Annual report on the Civil Veterinary Department, Burma (including the Insein Veterinary School) - 1932-1941
Year: 1932
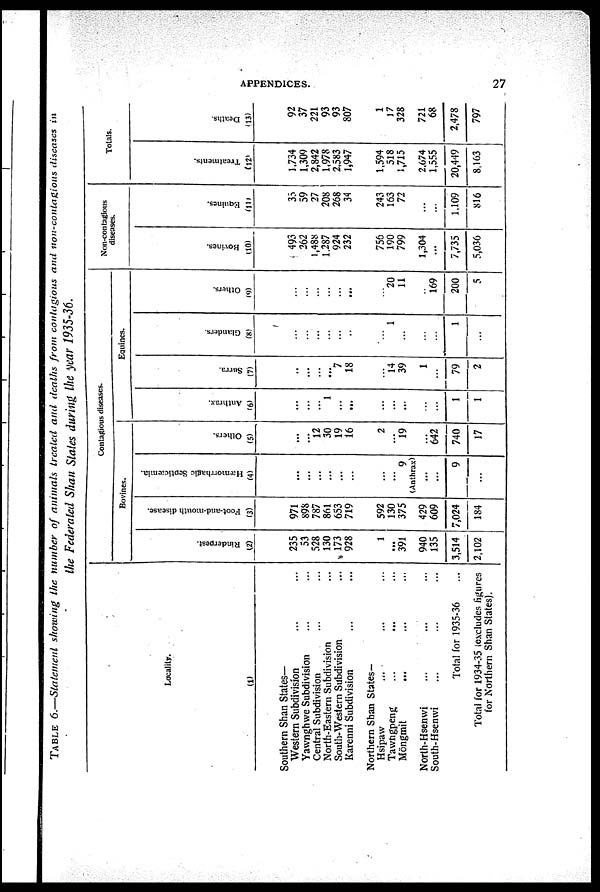
APPENDICES.
27
TABLE 6.—Statement
showing the number of animals treated and deaths from contagious and non-contagious
diseases in
the Federated Shan States during the year
1935-36.
Locality.
(1)
Southern Shan States-
Western Subdivision ... ...
Yawnghwe Subdivision ... ...
Central Subdivision ... ...
North-Eastern Subdivision ...
South-Western Subdivision ...
Karenni Subdivision ... ...
Northern Shan States-
Hsipaw ... ... ...
Tawngpeng
...
... ...
Möngmit
... ... ...
North-Hsenwi ... ... ...
South-Hsenwi ... ... ...
Total for 1935-36 ...
Total for 1934-35 (excludes figures
for Northern Shan States).
Contagious diseases.
Bovines.
Rinderpest.
(2)
235
53
528
130
173
928
1
...
391
940
135
3,514
2,102
Foot-and-mouth disease.
(3)
971
898
787
861
653
719
592
130
375
429
609
7,024
184
Hæorrhagic Septicæmia.
(4)
...
...
...
...
...
...
...
...
9
(Anthrax)
...
9
...
Others.
(5)
...
...
12
30
19
16
2
...
19
642
740
17
Equines.
Anthrax.
(6)
...
...
...
1
...
...
...
...
...
...
...
1
1
Surra.
(7)
...
...
...
...
7
18
...
14
39
1
...
79
2
Glanders.
(8)
...
...
...
...
...
...
1
...
...
...
1
...
Others.
(9)
...
...
...
...
...
...
...
20
11
...
169
200
5
Non-contagious
diseases.
Bovines.
(10)
493
262
1,488
1,287
924
232
756
190
799
1,304
...
7,735
5,036
Equines.
(11)
35
59
27
208
268
34
243
163
72
...
...
1,109
816
Totals.
Treatments.
(12)
1,734
1,309
2,842
1,978
2,583
1,947
1,594
518
1,715
2,674
1,555
20,449
8,163
Deaths.
(13)
92
37
221
93
93
807
1
17
328
721
68
2,478
797